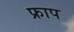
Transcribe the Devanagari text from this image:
फ्राप